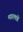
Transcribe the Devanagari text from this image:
मगरमछों